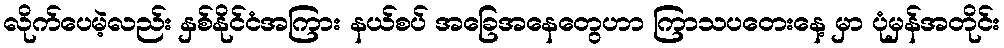
လိုက်ပေမဲ့လည်း နှစ်နိုင်ငံအကြား နယ်စပ် အခြေအနေတွေဟာ ကြာသပတေးနေ့ မှာ ပုံမှန်အတိုင်း